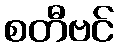
စတီဗင်